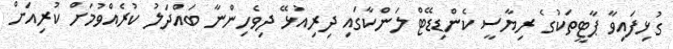
ގުޅިފައިވާ ޕާޓީތަކުގެ ރިޔާސީ ކެންޑިޑޭޓް ލަންކާގައި ދިރިއުޅޭ ދިވެހިންނާ ބައްދަލު ކުރެއްވުމަށް ކުރިއަށް